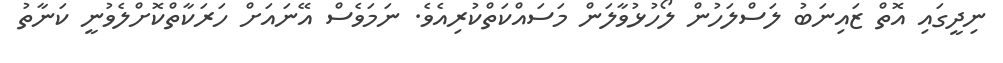
ނިދީގައި އޮތް ޒައިނަބު ލަސްލަހުން ލޯހުޅުވާލަން މަސައްކަތްކުރިއެވެ. ނަމަވެސް އޭނައަށް ހަރަކާތްކޮށްލެވުނީ ކަނާތު